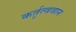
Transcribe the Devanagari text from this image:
कर्तृत्‍ववान